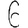
Digit: 6